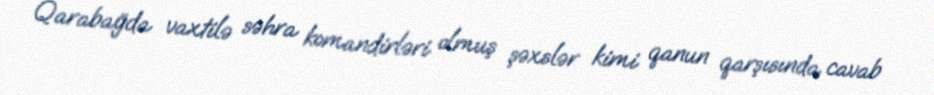
Qarabağda vaxtilə səhra komandirləri olmuş şəxslər kimi qanun qarşısında cavab